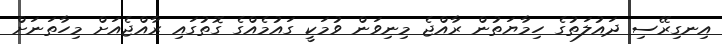
އިނގިރޭސި ދައުލަތުގެ ހިމާޔަތުން ރާއްޖެ މިނިވަން ވުމަކީ ގައުމެއްގެ ގޮތުގައި ރާއްޖެއަށް މިހާތަނަށް